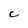
Character: C